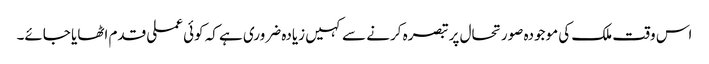
اس وقت ملک کی موجودہ صورتحال پر تبصرہ کرنے سے کہیں زیادہ ضروری ہے کہ کوئی عملی قدم اٹھایا جائے۔